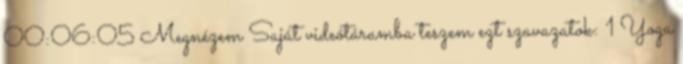
00:06:05 Megnézem Saját videótáramba teszem ezt szavazatok: 1 Yoga